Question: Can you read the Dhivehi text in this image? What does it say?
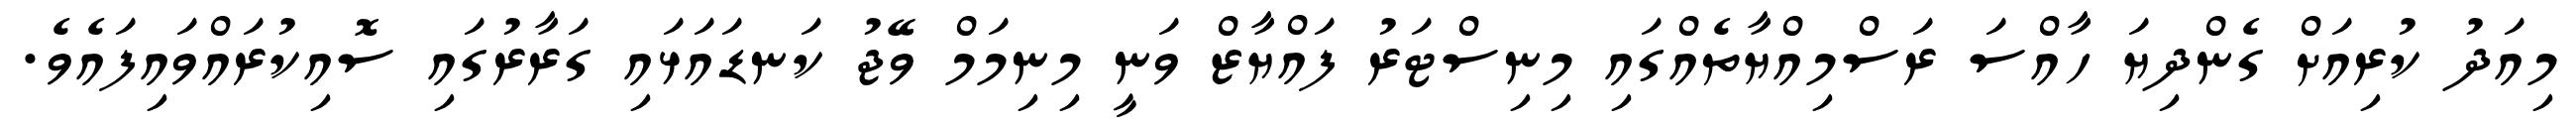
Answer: މިއަދު ކުރިއަށް ގެންދިޔަ ހާއްސަ ރަސްމިއްޔާތެއްގައި މިނިސްޓަރު ފައްޔާޒް ވަނީ މިނިމަމް ވޭޖު ކަނޑައަޅައި ގަރާރުގައި ސޮއިކުރައްވައިފައެވެ.